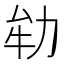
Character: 劺